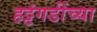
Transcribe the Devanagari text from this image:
हट्टंगडींच्या